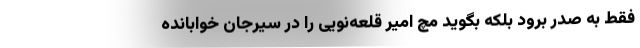
فقط به صدر برود بلکه بگوید مچ امیر قلعه‌نویی را در سیرجان خوابانده